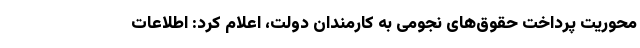
محوریت پرداخت حقوق‌های نجومی‌ به کارمندان دولت، اعلام کرد: اطلاعات